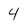
Character: 4